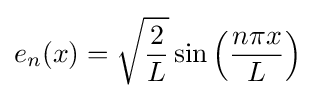
e_{n}(x)={\sqrt {\frac {2}{L}}}\sin \left({\frac {n\pi x}{L}}\right)